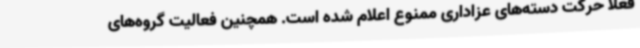
فعلا حرکت دسته‌های عزاداری ممنوع اعلام شده است. همچنین فعالیت گروه‌های